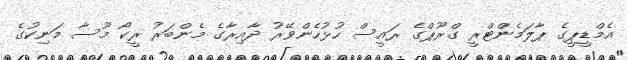
އެމްޑީޕީގެ ޕާލަމެންޓްރީ ގްރޫޕްގެ ރައީސް ހުޅުހެންވޭރު ދާއިރާގެ މެންބަރު ރީކޯ މޫސާ މަނިކުގެ